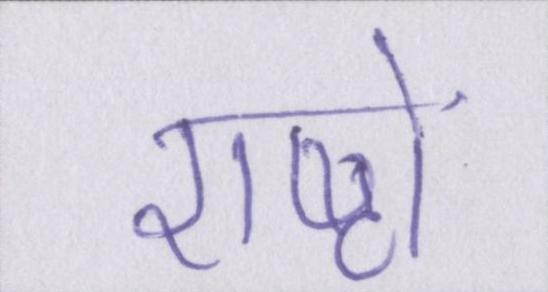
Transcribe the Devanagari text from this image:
राष्ट्रों